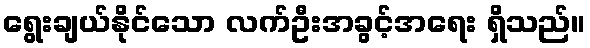
ရွေးချယ်နိုင်သော လက်ဦးအခွင့်အရေး ရှိသည်။